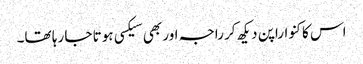
اس کا کنواراپن دیکھ کر راجہ اور بھی سیکسی ہوتا جا رہا تھا۔